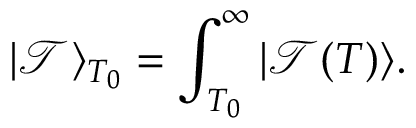
| \mathcal { T } \rangle _ { T _ { 0 } } = \int _ { T _ { 0 } } ^ { \infty } | \mathcal { T } ( T ) \rangle .